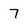
Character: 7